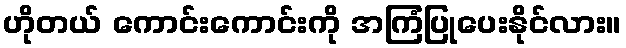
ဟိုတယ် ကောင်းကောင်းကို အကြံပြုပေးနိုင်လား။